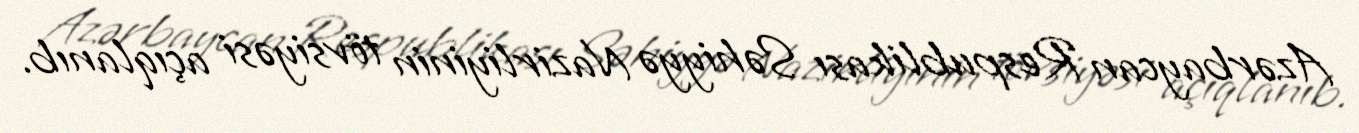
Azərbaycan Respublikası Səhiyyə Nazirliyinin tövsiyəsi açıqlanıb.